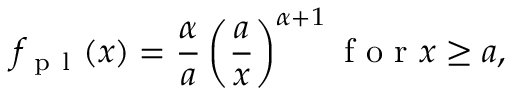
f _ { \mathrm { ~ p ~ l ~ } } ( x ) = \frac \alpha a \left( \frac a x \right) ^ { \alpha + 1 } \mathrm { ~ f ~ o ~ r ~ } x \ge a ,